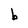
Character: b